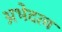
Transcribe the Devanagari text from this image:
अभेदत्व